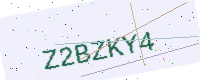
Text: Z2BZKY4